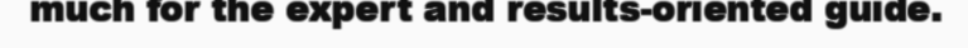
much for the expert and results-oriented guide.